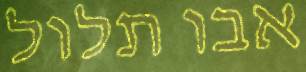
אבו תלול